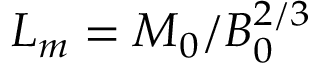
L _ { m } = M _ { 0 } / B _ { 0 } ^ { 2 / 3 }